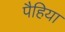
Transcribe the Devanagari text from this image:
पैहिया